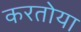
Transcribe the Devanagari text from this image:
करतोया